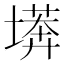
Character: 𭏫